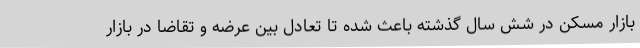
بازار مسکن در شش سال گذشته باعث شده تا تعادل بین عرضه و تقاضا در بازار